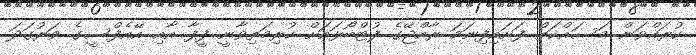
ކުރައްވަން މަސައްކަތް ފަށައިފިނަމަ ރާއްޖޭގެ ފުޓްބޯޅައަށް ކުރިމަތިވާނީ ފީފާ އާއި އޭއެފްސީގެ ވަރުގަދަ